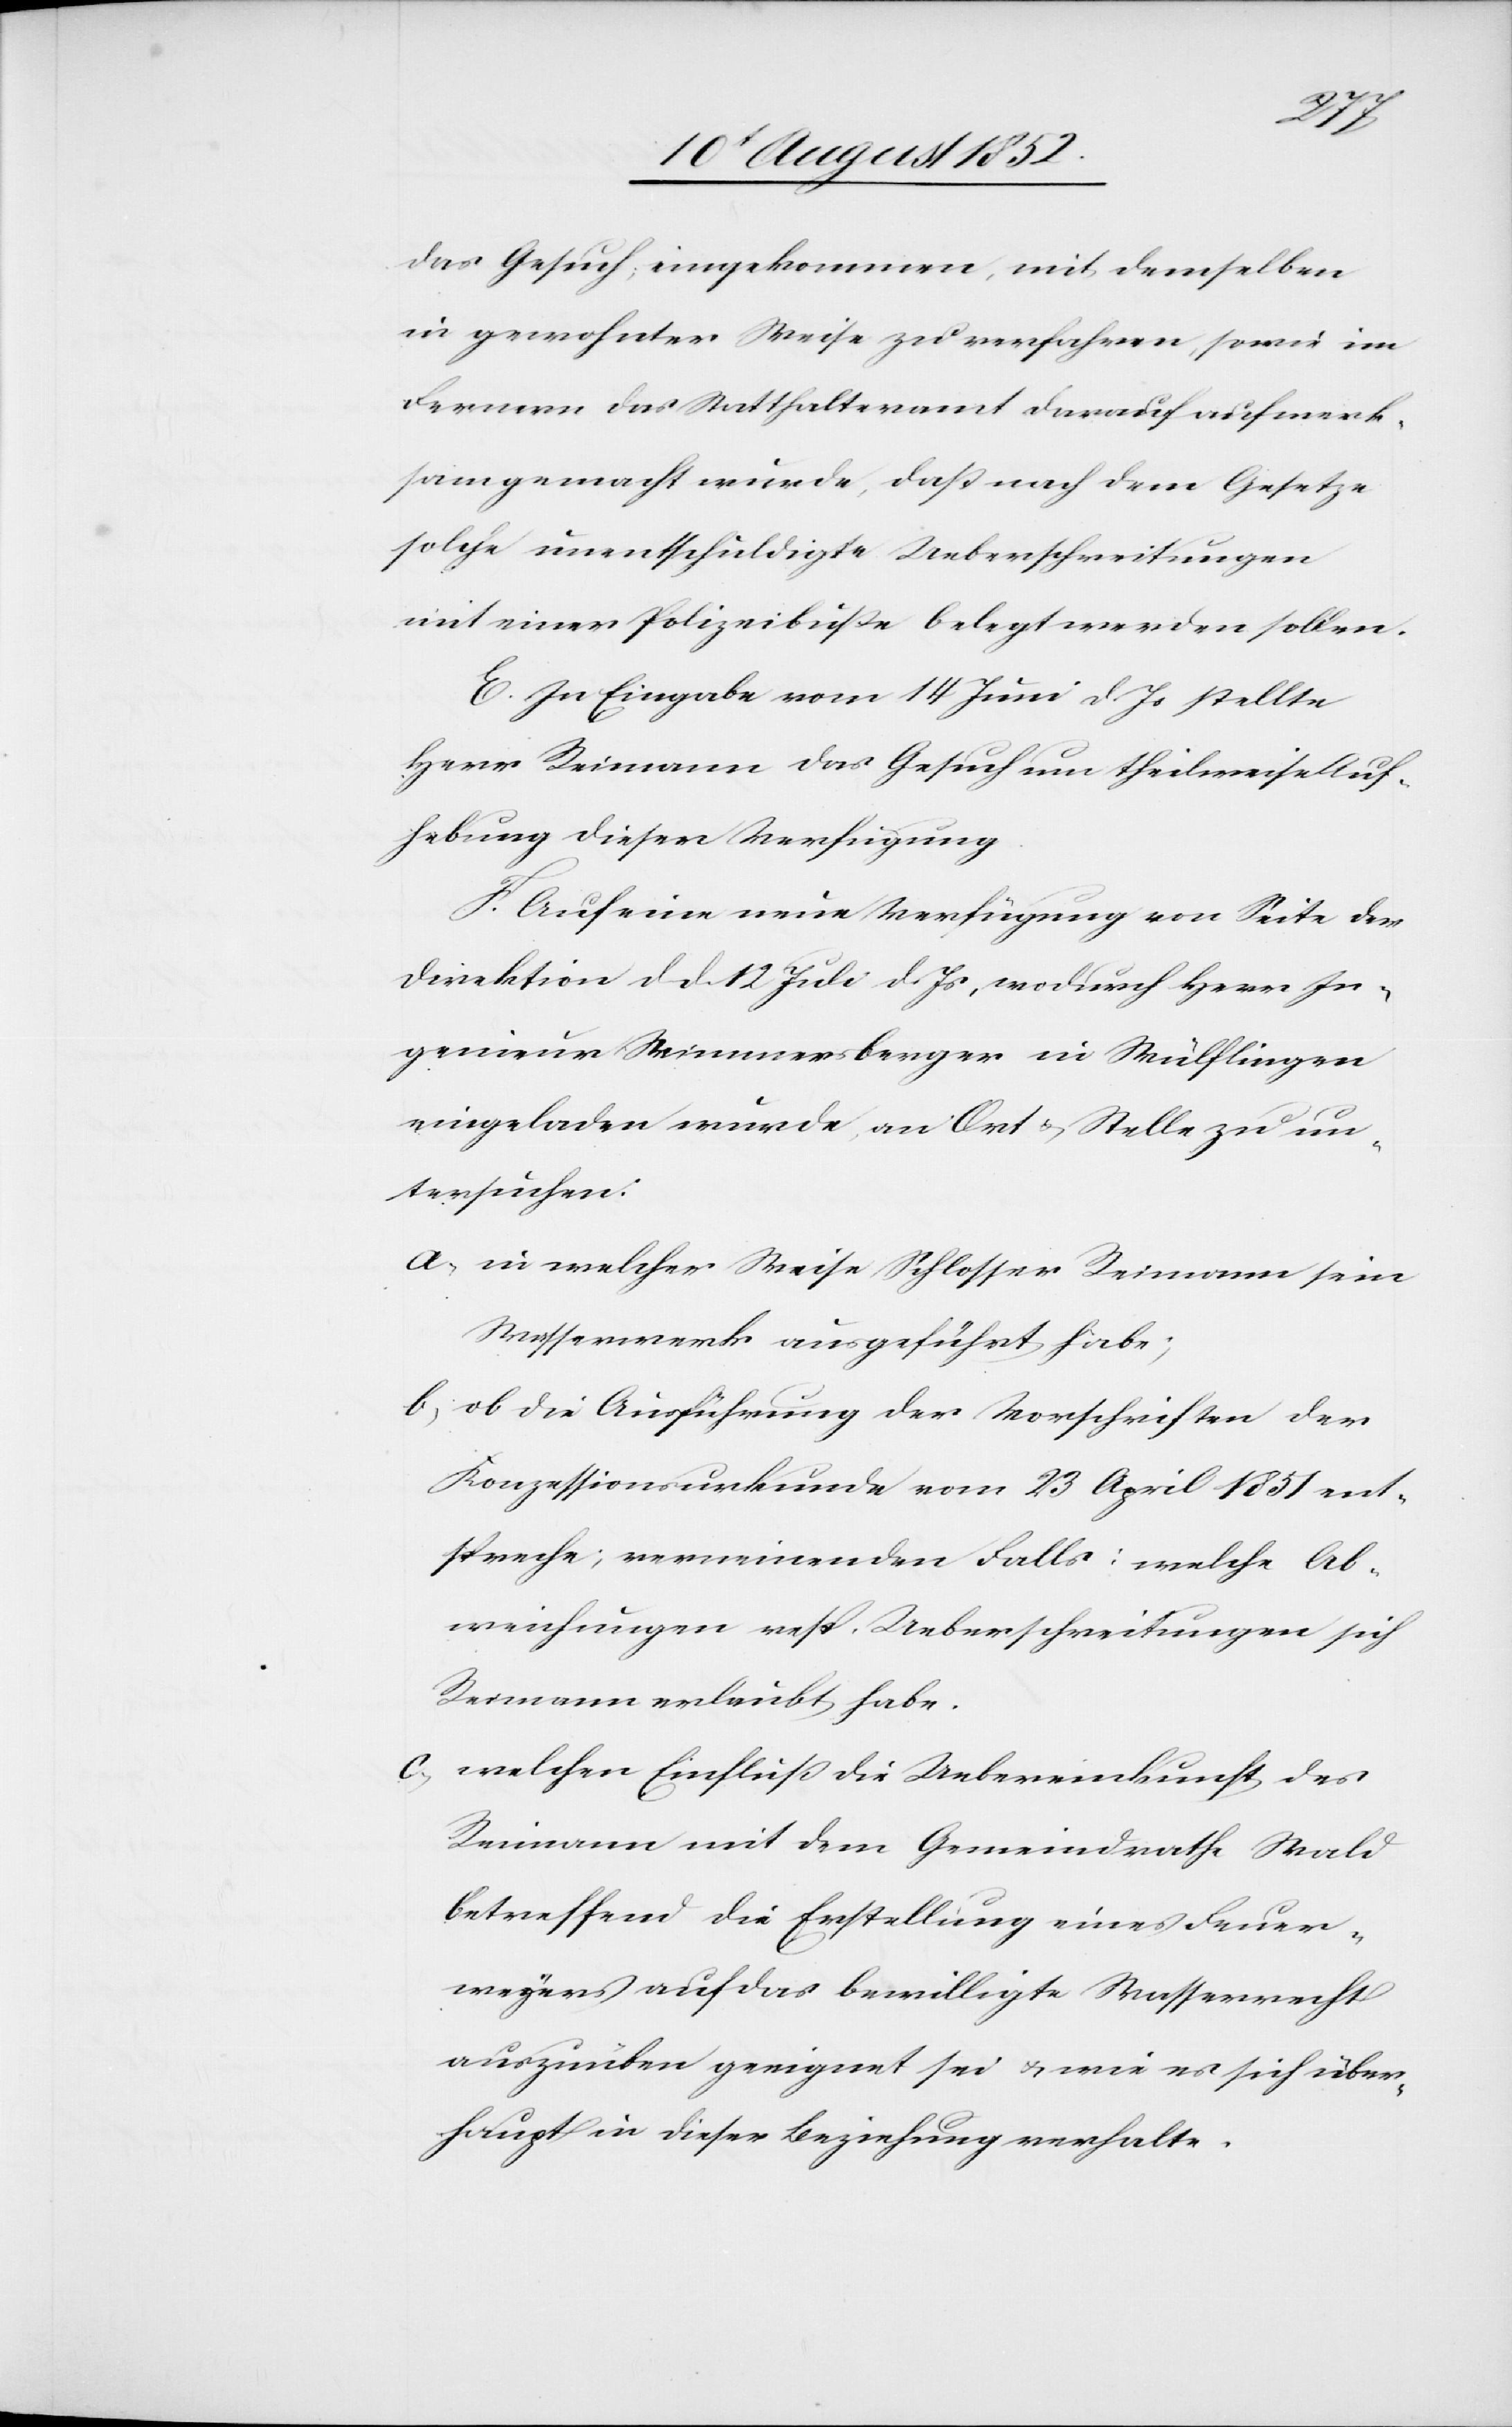
das Gesuch eingekommen, mit demselben
in gewohnter Weise zu verfahren, sowie im
Fernern das Statthalteramt darauf aufmerk¬
sam gemacht wurde, daß nach dem Gesetze
solche unentschuldigte Ueberschreitungen
mit einer Polizeibuße belegt werden sollen.
E. In Eingabe vom 14 Juni d. Js stellte
Herr Reimann das Gesuch um theilweise Auf¬
hebung dieser Verfügung.
F. Auf eine neue Verfügung von Seite der
Direktion d d. 12 Juli d. Js, wodurch Herr In¬
genieur Wimmersberger in Wülflingen
eingeladen wurde, an Ort & Stelle zu un¬
tersuchen:
in welcher Weise Schlosser Reimann sein
Wasserwerk ausgeführt habe;
ob die Ausführung der Vorschriften der
Konzessionsurkunde vom 23 April 1851 ent¬
spreche; verneinenden Falls: welche Ab¬
weichungen resp. Ueberschreitungen sich
Reimann erlaubt habe.
welchen Einfluß die Uebereinkunft des
Reimann mit dem Gemeindrathe Wald
betreffend die Erstellung eines Feuer¬
weyers auf das bewilligte Wasserrecht
auszuüben geeignet sei & wie es sich über¬
haupt in dieser Beziehung verhalte.